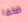
ضخما